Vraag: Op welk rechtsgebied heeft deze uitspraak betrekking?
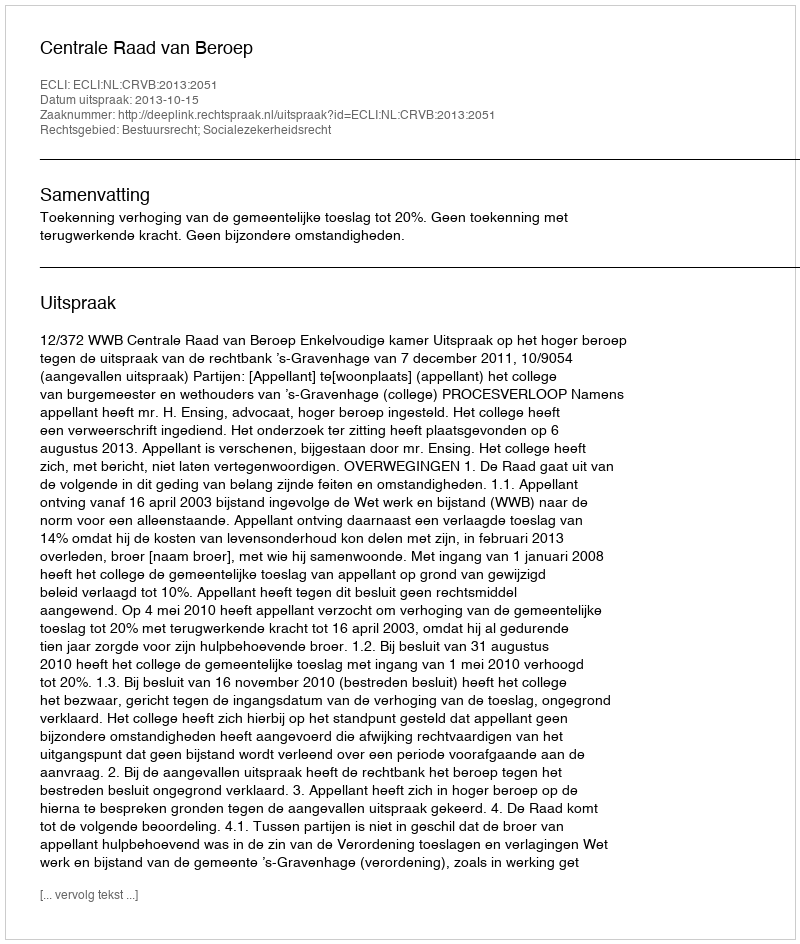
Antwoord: Bestuursrecht; Socialezekerheidsrecht